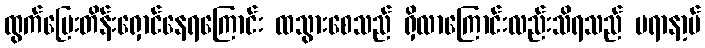
ထွက်ပြေးတိန်းရှောင်နေရကြောင်း ထသွားစေသည် ရှိလာကြောင်းလည်းသိရသည် ပရာနာ့ဗ်